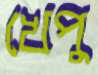
খেপু